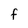
Character: f